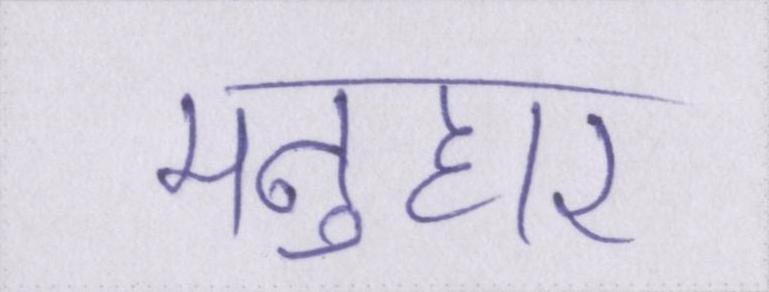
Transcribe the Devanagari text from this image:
मनुहार